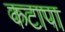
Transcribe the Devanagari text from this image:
कटापा